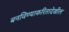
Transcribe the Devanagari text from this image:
बनविण्याकरितादेखील